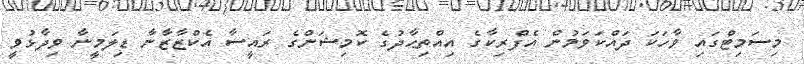
މިސަމިޓްގައި ވާހަކަ ދައްކަވަމުން އެފްރިކާގެ އިއްތިޙާދުގެ ކޮމިޝަންގެ ރައީސާ އެކްޒާޒާނާ ޑިލަމީނާ ވިދާޅުވީ